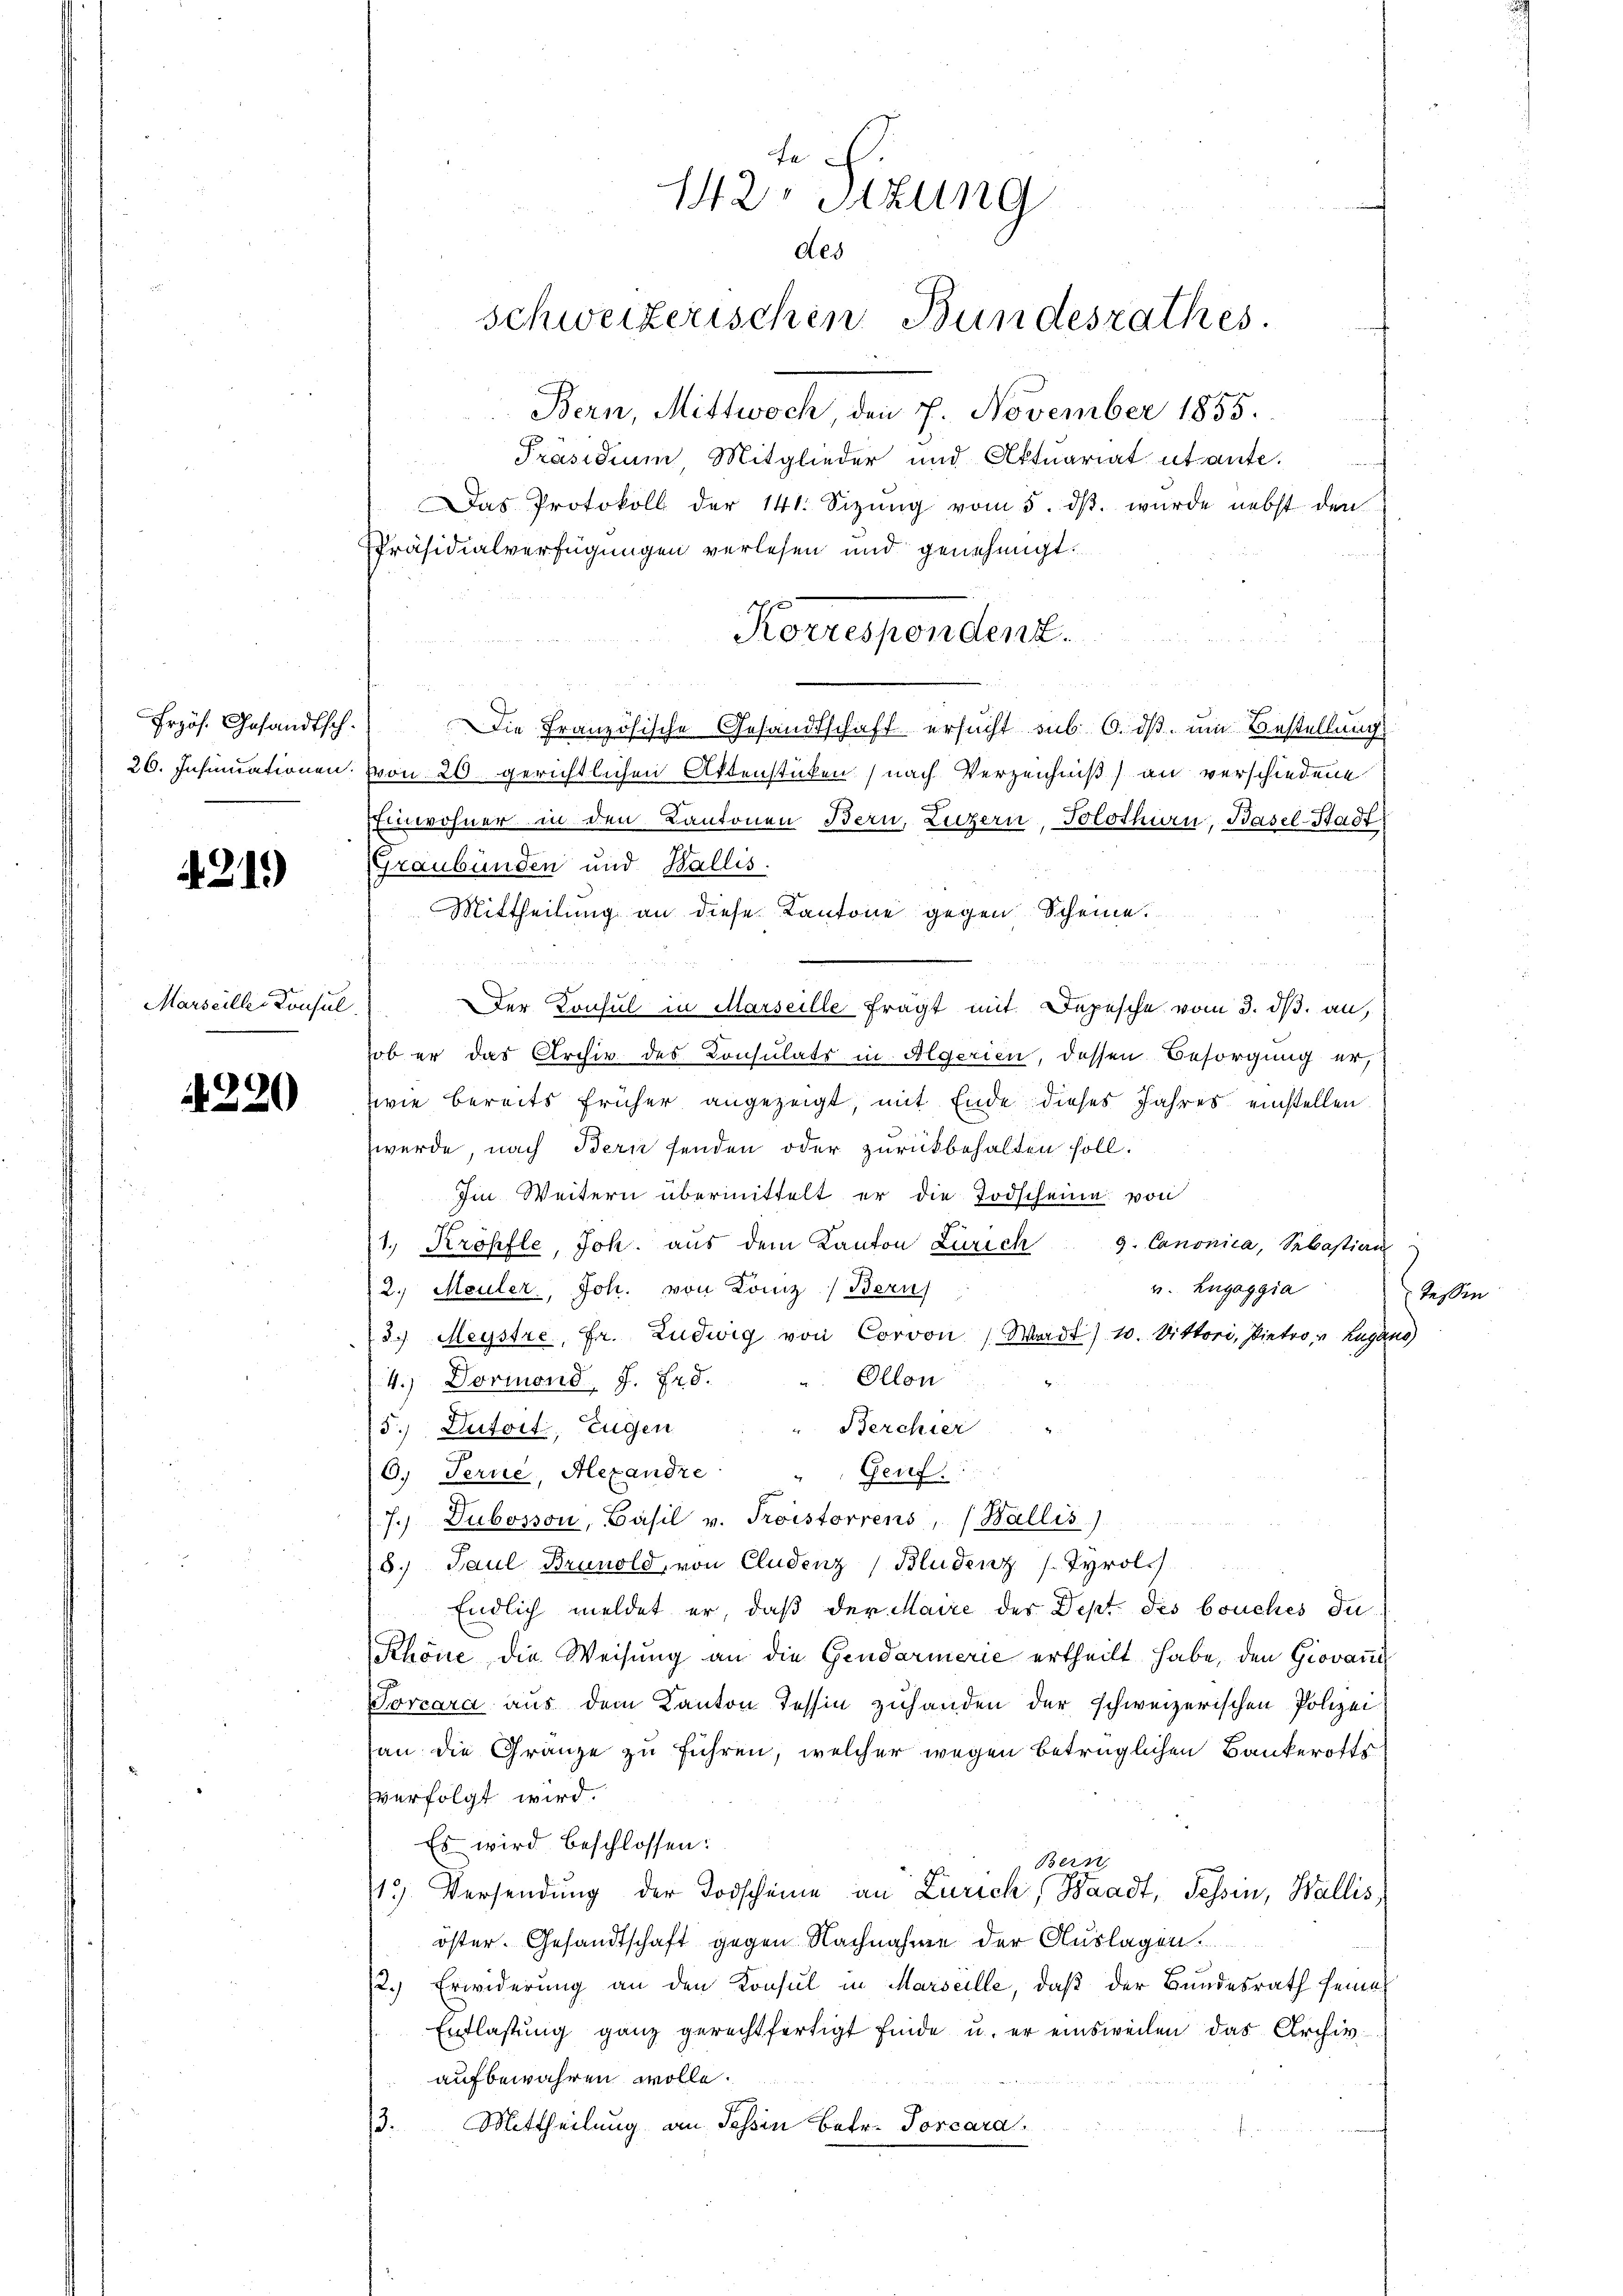
Frzös. Gesandtsch.

21.)

Marseille Konsul

4. 220

142. Sitzung
des
Schweizerischen Bundesrathes.

Bern, Mittwoch, den 7. November 1855.
Präsidium, Mitglieder und Aktuariat utante.
Das Protokoll der 141. Sizŭng vom 5. dβ. wurde nebst den
Präsidialverfügungen verlesen und genehmigt.
Die Französische Gesandtschaft ersucht sub 6. ds um Bestellung
26. Insinuationen von 20 gerichtlichen Aktenstücken (nach Verzeichniß an verschiedene
EEinwohner in den Kantonen Bern, Luzern, Solothurn, Basel-Stadt
Graubünden und Wallis.
Mittheilung an diese Kantone gegen Scheine.
Der Konsul in Marseille fragt mit Depesche vom 3. ds. an,
ob er das Archiv des Consulats in Algerien, dessen Besorgung er,
zwie bereits früher angezeigt, mit Ende dieses Jahres einstellen.
werde, nach Bern senden oder zurückbehalten soll.
Im Weitern übermittelt er die Todscheine von
1. Kröhfle, Joh. aus dem Kanton Zürich 9. Canonica, Sebastian
v. Lugaggia
2.) Meuler, Joh. von Kanz) Berns
Tessin
3/ Meystre, Fr. Ludwig von Corvon Wadt) 10. Vittori, Dietro, v. Lugano
4.) Dormond. J. Frd. " Ollon
Berchier
5.) Dutoit, Eugen
6. Ferne, Alexandre
Geuf:
7.) Dubosson, Basil v. Troistorrens, (Wallis).  ..  .. ..  ..  ..
8. Paul Brunold, von Cludenz (Bludenz Tyrol.
Endlich meldet er, daß der Maire der Dept. des bouches du
Rhöne die Weisung an die Gendarmerie ertheilt habe, den Giovani
Torcara aus dem Kanton Tessin zuhanden der schweizerischen Polizei
an die Gränze zu führen, welcher wegen betrüglichen Bankerofts
verfolgt wird.
Es wird beschlossen:
Bern,
13) Versendŭng der Todscheine an Zürich, Waadt, Tessin, Wallis,
öster. Gesandtschaft gegen Nachnahme der Auslagen.
2.) Erwiderung an den Konsul in Marseille, daß der Bundesrath seine
Entlastung ganz gerechtfertigt finde u. er einsweilen das Archiv
aufbewahren wolle.
13. Mittheilung an Tessin betr. Torcara

Korrespendent.